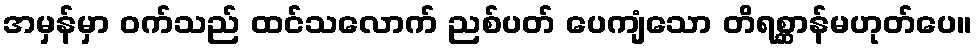
အမှန်မှာ ဝက်သည် ထင်သလောက် ညစ်ပတ် ပေကျံသော တိရစ္ဆာန်မဟုတ်ပေ။